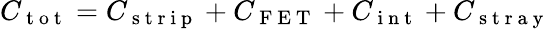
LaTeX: C_{\mathrm{~t~o~t~}}=C_{\mathrm{~s~t~r~i~p~}}+C_{\mathrm{~F~E~T~}}+C_{\mathrm{~i~n~t~}}+C_{\mathrm{~s~t~r~a~y~}}